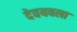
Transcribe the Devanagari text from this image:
देवयवला